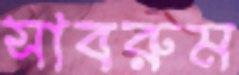
সাবরুম